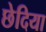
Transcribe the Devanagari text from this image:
छेदिया